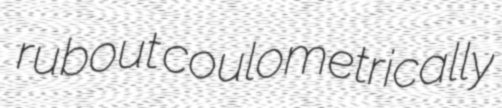
rubout coulometrically